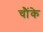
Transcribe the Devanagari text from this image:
चौंके